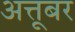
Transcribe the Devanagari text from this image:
अत्तूबर